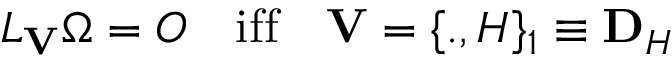
{ \cal L } _ { { \bf V } } \Omega = O \quad \mathrm { i f f } \quad { \bf V } = \{ . , H \} _ { 1 } \equiv { \bf D } _ { H }